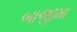
બાજીમા